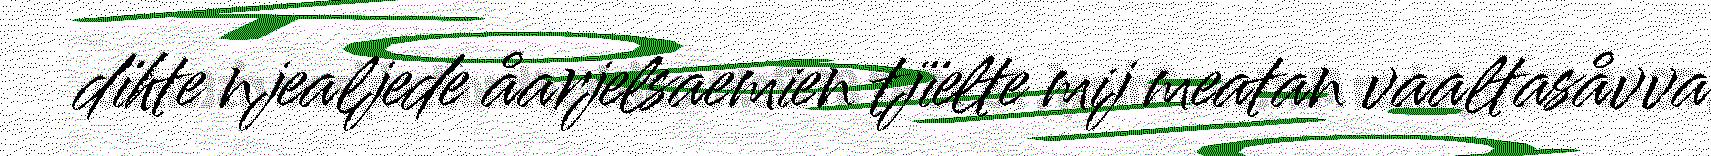
dïhte njealjede åarjelsaemien tjïelte mij meatan vaaltasåvva